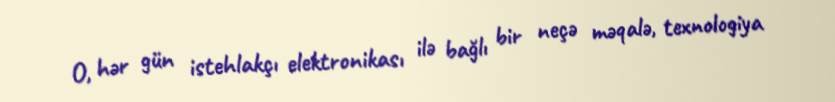
O, hər gün istehlakçı elektronikası ilə bağlı bir neçə məqalə, texnologiya